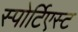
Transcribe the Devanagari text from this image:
स्पोर्टिएस्ट